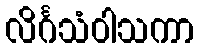
လိင်္ဂသံဝါသကာ